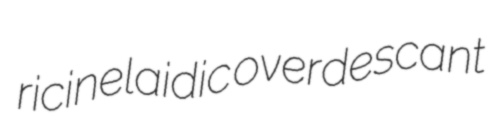
ricinelaidic overdescant